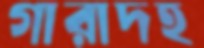
গারাদহ